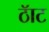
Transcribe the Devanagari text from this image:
ठॅाट